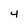
Character: 4